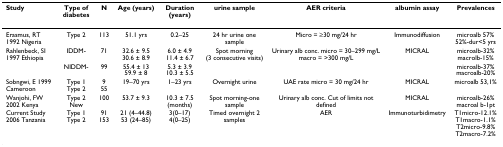
| Study | Type of diabetes | N | Age (years) | Duration (years) | urine sample | AER criteria | albumin assay | Prevalences |
 | --- | --- | --- | --- | --- | --- | --- | --- | --- |
 | Erasmus, RT 1992 Nigeria | Type 2 | 113 | 51.1 yrs | 0.2–25 | 24 hr urine one sample | Micro = ≥30 mg/24 hr | Immunodiffusion | microalb 57%52%-dur<5 yrs |
 | Rahlenbeck, SI 1997 Ethiopia | IDDM- | 71 | 32.6 ± 9.530.6 ± 8.9 | 6.0 ± 4.911.4 ± 6.7 | Spot morning (3 consecutive visits) | Urinary alb conc. micro = 30–299 mg/Lmacro = >300 mg/L | MICRAL | microalb-32%macrolb-15% |
 |  | NIDDM- | 99 | 55.4 ± 1359.9 ± 8 | 5.3 ± 3.910.3 ± 5.5 |  |  |  | microalb-37%macroalb-20% |
 | Sobngwi, E 1999 Cameroon | Type 1Type 2 | 955 | 19–70 yrs | 1–23 yrs | Overnight urine | UAE rate micro = 30 mg/24 hr | MICRAL | microalb 53,1% |
 | Wanjohi, FW 2002 Kenya | Type 2New | 100 | 53.7 ± 9.3 | 10.3 ± 7.5 (months) | Spot morning-one sample | Urinary alb conc. Cut of limits not defined | MICRAL | microalb-26%macroal b-1pt |
 | Current Study 2006 Tanzania | Type 1Type 2 | 91153 | 21 (4–44.8)53 (24–85) | 3(0–17)4(0–25) | Timed overnight 2 samples | AER | Immunoturbidimetry | T1micro-12.1%T1macro-1.1%T2micro-9.8%T2macro-7.2% |